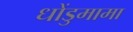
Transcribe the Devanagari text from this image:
धोंडुमामा